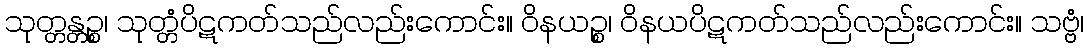
သုတ္တန္တဉ္စ၊ သုတ္တံပိဋကတ်သည်လည်းကောင်း။ ဝိနယဉ္စ၊ ဝိနယပိဋကတ်သည်လည်းကောင်း။ သဗ္ဗံ၊